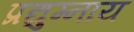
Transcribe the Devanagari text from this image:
प्रद्युम्नाय